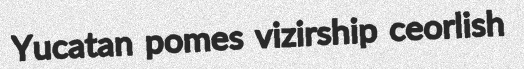
Yucatan pomes vizirship ceorlish